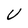
Character: U